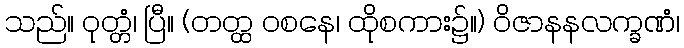
သည်။ ဝုတ္တံ၊ ပြီ။ (တတ္ထ ဝစနေ၊ ထိုစကား၌။) ဝိဇာနနလက္ခဏံ၊